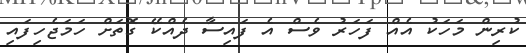
ކުރިން މަހަކު އެއް ފަހަރު ވެސް އެ ފައިސާ ދެއްކޭ ގޮތަށް ހަމަޖެހިފައި